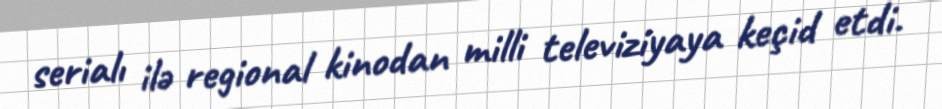
serialı ilə regional kinodan milli televiziyaya keçid etdi.